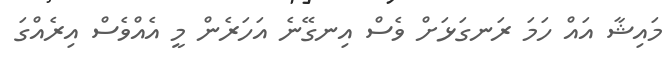
މައިޝާ އައް ހަމަ ރަނގަޅަށް ވެސް އިނގޭނެ އަހަރެން މީ އެއްވެސް އިރެއްގަ